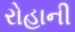
રોહાની